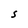
Character: S